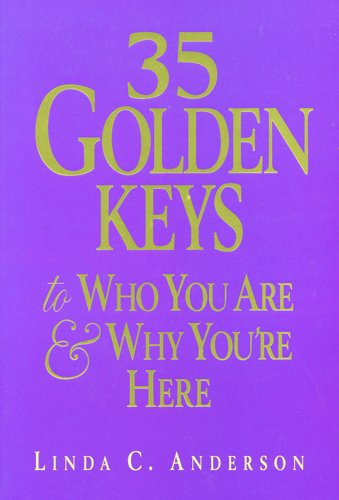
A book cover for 35 Golden Keys to Who You Are & Why You're Here; Linda C. Anderson; Religion & Spirituality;